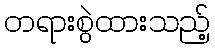
တရားစွဲထားသည့်